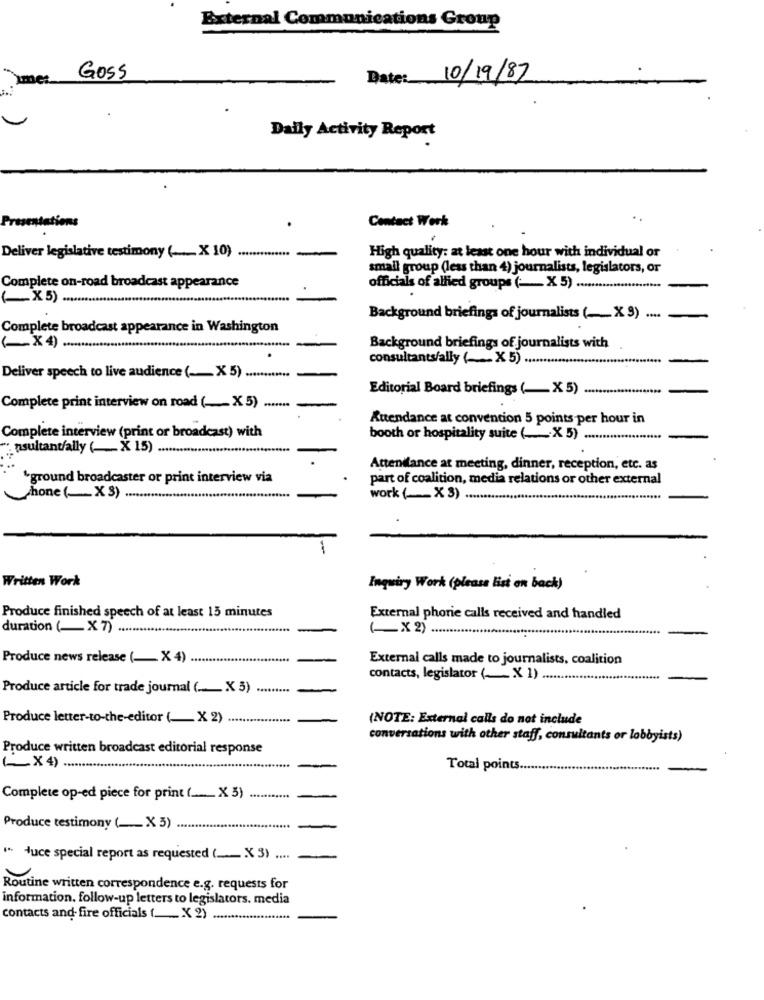
External Communications Group
GOSS
Date:
10/19/87
Daily Activity Report
Contact Work
High quality: at least one hour with individual or
Deliver legislative testimony ( ___ X 10)
small group (less than 4) journalists, legislators, or
Complete on-road broadcast appearance
officials of allied groups ( -_ X 5) ........
(X5)
Background briefings of journalists (_X9) .
Complete broadcast appearance in Washington
(-X4)
Background briefings of journalists with
consultants/ally ( _____ X 5)
Deliver speech to live audience ( __ X 5) ............
Editorial Board briefings (_ X 5)
Complete print interview on road (_X5)
Attendance at convention 5 points per hour in
Complete interview (print or broadcast) with
booth or hospitality suite ( __ X 5) ....
: sultant/ally (_ X 15).
Attendance at meeting, dinner, reception, etc. as
ground broadcaster or print interview via
part of coalition, media relations or other external
phone ( ___ X 3) .
work ( ___ X 3) ........
Written Work
Inquiry Work (please list on back)
Produce finished speech of at least 15 minutes
External phorie calls received and handled
duration ( ___ X 7)
( X 2) ....
Produce news release ( __ X 4)
External calls made to journalists, coalition
contacts, legislator (_ X 1)
Produce article for trade journal ( ..._ X 3) .........
Produce letter-to-the-editor ( __ X 2)
(NOTE: External calls do not include
conversations with other staff, consultants or lobbyists)
Produce written broadcast editorial response
(X4)
Total points.
Complete op-ed piece for print ( _._._ X 3)
Produce testimony ( ___ X 3)
*** uce special report as requested ( __ X 3)
Routine written correspondence e.g. requests for
information. follow-up letters to legislators. media
contacts and- fire officials ( __ X 2)